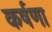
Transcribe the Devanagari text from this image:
कर्षणा